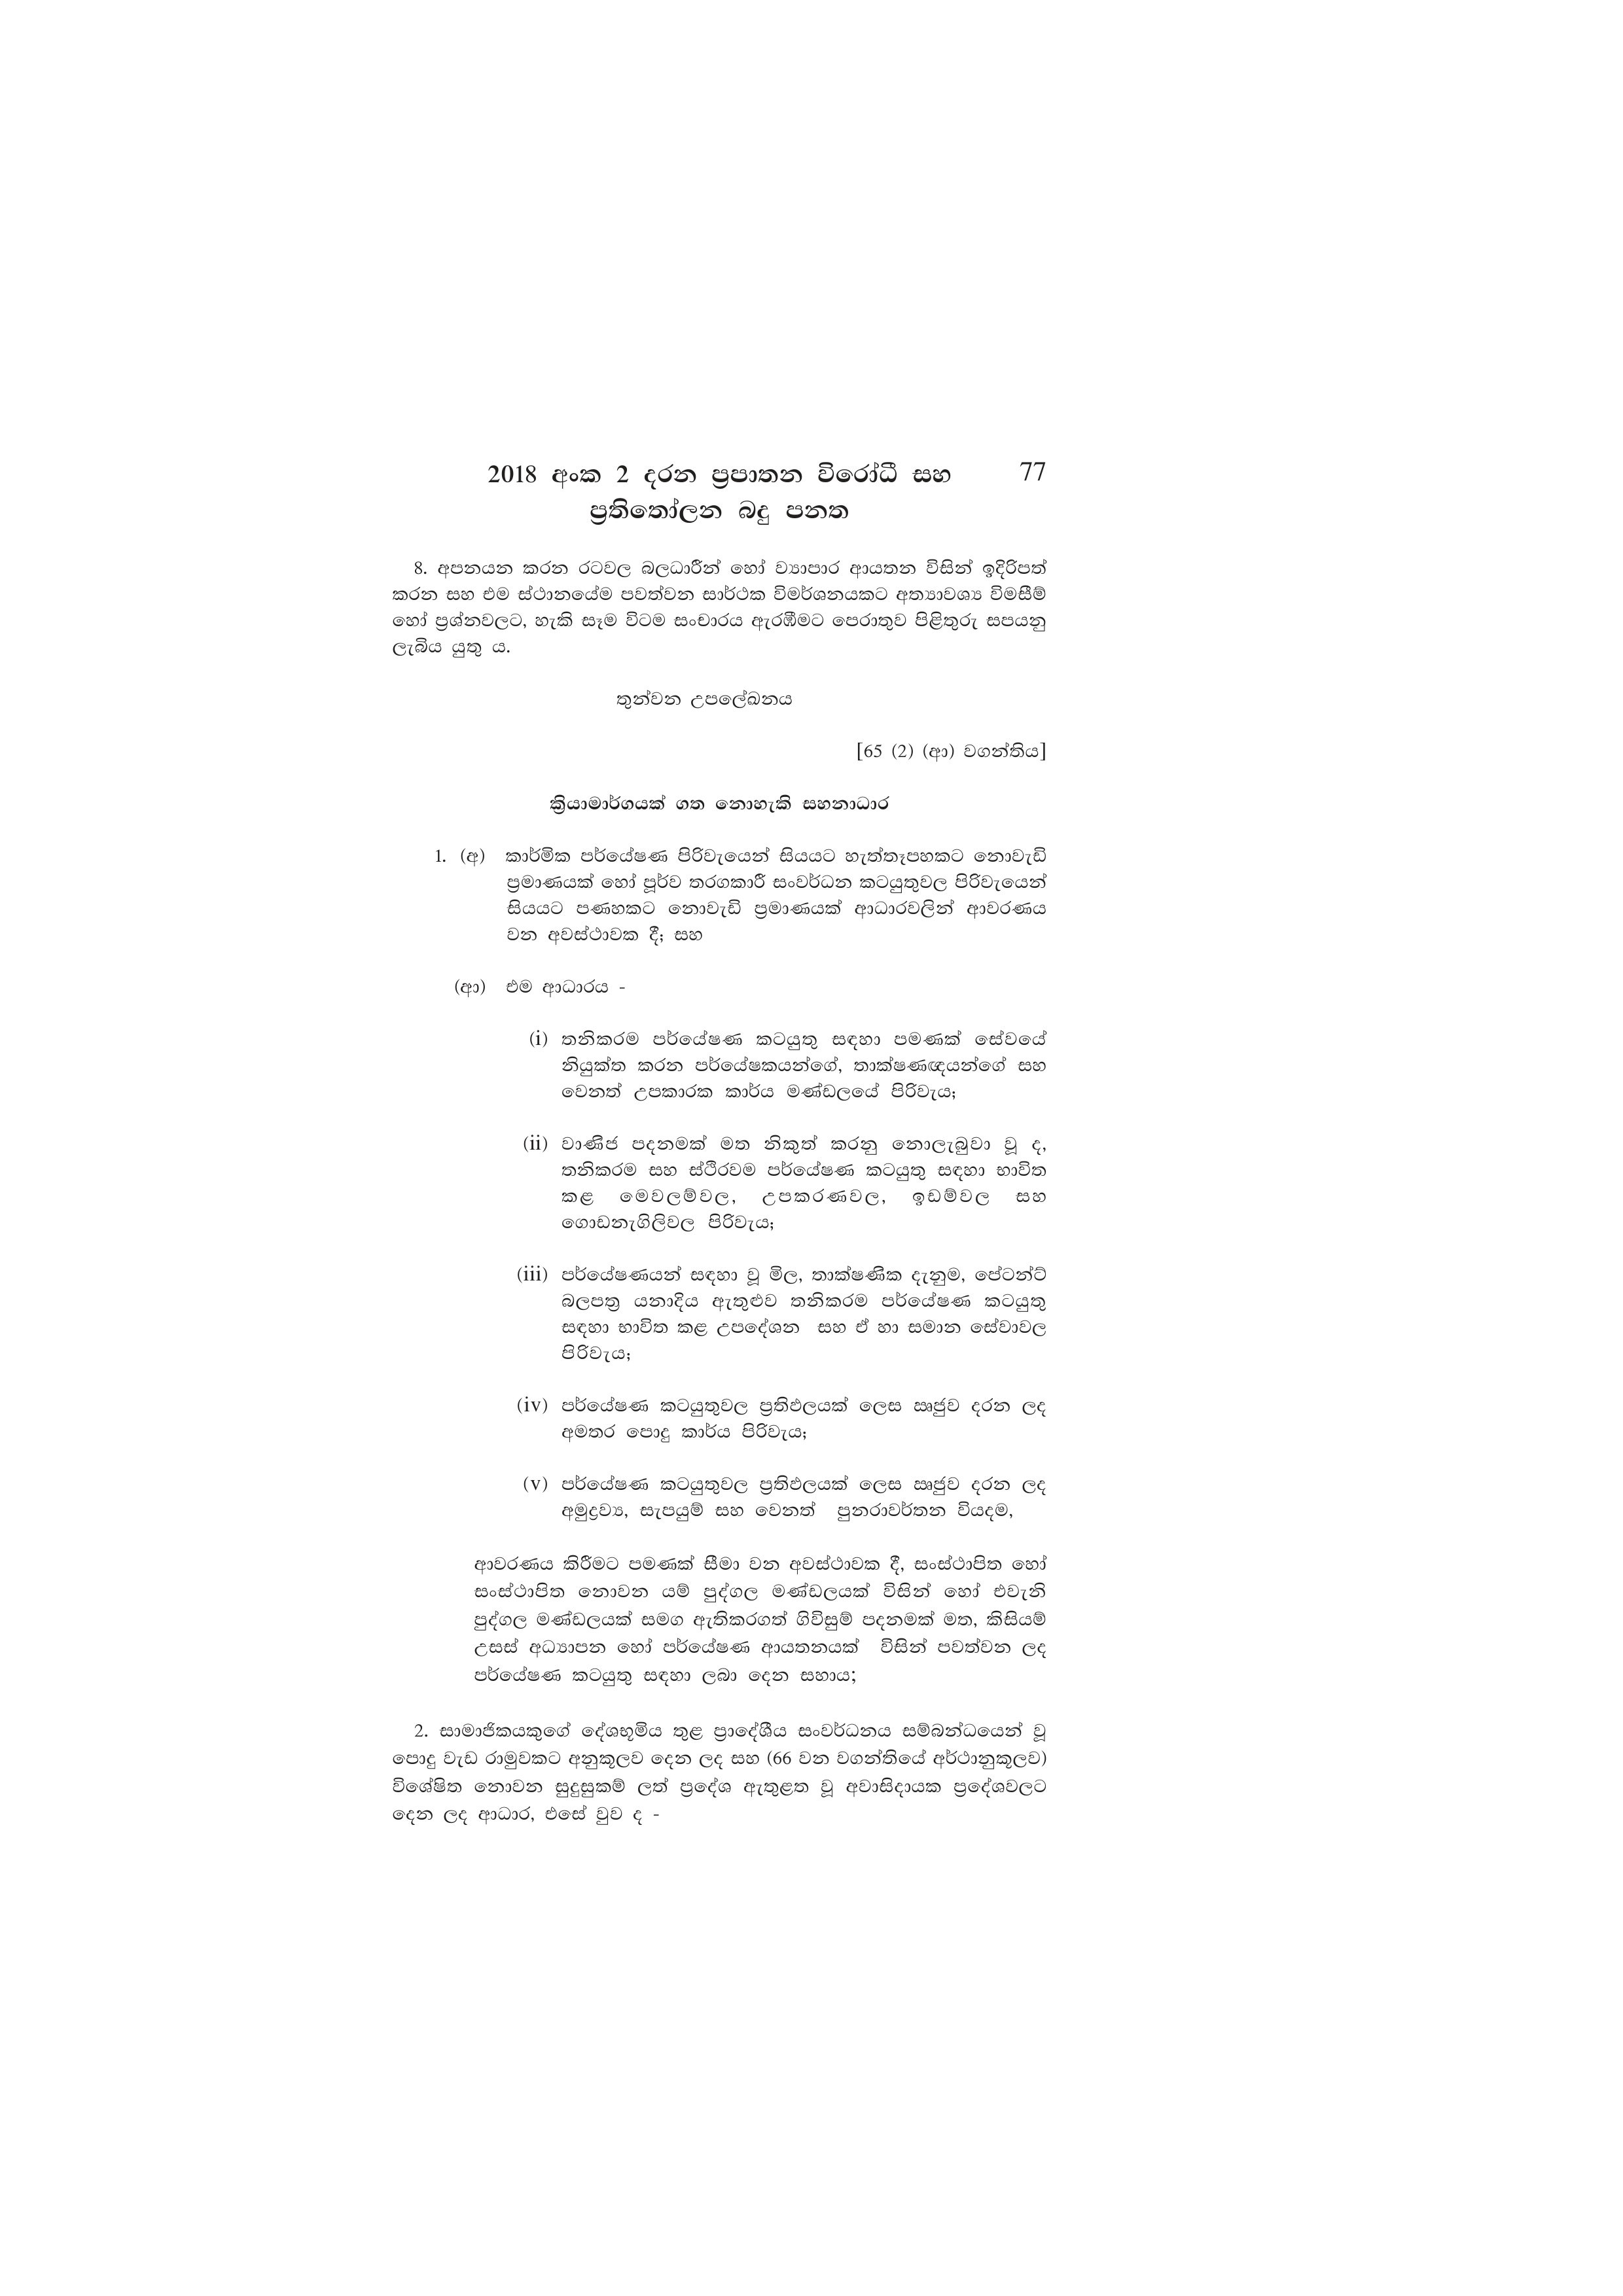
2018 අංක 2 දරන ප්‍රපාතන විරෝධී සහ 77
ප්‍රතිතෝලන බදු පනත

8. අපනයන කරන රටවල බලධාරීන් හෝ ව්‍යාපාර ආයතන විසින් ඉදිරිපත්
කරන සහ එම ස්ථානයේම පවත්වන සාර්ථක විමර්ශනයකට අත්‍යාවශ්‍ය විමසීම්
හෝ ප්‍රශ්නවලට, හැකි සෑම විටම සංචාරය ඇරඹීමට පෙරාතුව පිළිතුරු සපයනු
ලැබිය යුතු ය.

තුන්වන උපලේඛනය

[65 (2) (ආ) වගන්තිය]

ක්‍රියාමාර්ගයක් ගත නොහැකි සහනාධාර

1. (අ) කාර්මික පර්යේෂණ පිරිවැයෙන් සියයට හැත්තෑපහකට නොවැඩි
ප්‍රමාණයක් හෝ පූර්ව තරගකාරී සංවර්ධන කටයුතුවල පිරිවැයෙන්
සියයට පණහකට නොවැඩි ප්‍රමාණයක් ආධාරවලින් ආවරණය
වන අවස්ථාවක දී; සහ

(ආ) එම ආධාරය -

(i) තනිකරම පර්යේෂණ කටයුතු සඳහා පමණක් සේවයේ
නියුක්ත කරන පර්යේෂකයන්ගේ, තාක්ෂණඥයන්ගේ සහ
වෙනත් උපකාරක කාර්ය මණ්ඩලයේ පිරිවැය;

(ii) වාණිජ පදනමක් මත නිකුත් කරනු නොලැබුවා වූ ද,
තනිකරම සහ ස්ථිරවම පර්යේෂණ කටයුතු සඳහා භාවිත
කළ මෙවලම්වල, උපකරණවල, ඉඩම්වල සහ
ගොඩනැගිලිවල පිරිවැය;

(iii) පර්යේෂණයන් සඳහා වූ මිල, තාක්ෂණික දැනුම, පේටන්ට්
බලපත්‍ර යනාදිය ඇතුළුව තනිකරම පර්යේෂණ කටයුතු
සඳහා භාවිත කළ උපදේශන සහ ඒ හා සමාන සේවාවල
පිරිවැය;

(iv) පර්යේෂණ කටයුතුවල ප්‍රතිඵලයක් ලෙස ඍජුව දරන ලද
අමතර පොදු කාර්ය පිරිවැය;

(v) පර්යේෂණ කටයුතුවල ප්‍රතිඵලයක් ලෙස ඍජුව දරන ලද
අමුද්‍රව්‍ය, සැපයුම් සහ වෙනත් පුනරාවර්තන වියදම,

ආවරණය කිරීමට පමණක් සීමා වන අවස්ථාවක දී, සංස්ථාපිත හෝ
සංස්ථාපිත නොවන යම් පුද්ගල මණ්ඩලයක් විසින් හෝ එවැනි
පුද්ගල මණ්ඩලයක් සමග ඇතිකරගත් ගිවිසුම් පදනමක් මත, කිසියම්
උසස් අධ්‍යාපන හෝ පර්යේෂණ ආයතනයක් විසින් පවත්වන ලද
පර්යේෂණ කටයුතු සඳහා ලබා දෙන සහාය;

2. සාමාජිකයකුගේ දේශභූමිය තුළ ප්‍රාදේශීය සංවර්ධනය සම්බන්ධයෙන් වූ
පොදු වැඩ රාමුවකට අනුකූලව දෙන ලද සහ (66 වන වගන්තියේ අර්ථානුකූලව)
විශේෂිත නොවන සුදුසුකම් ලත් ප්‍රදේශ ඇතුළත වූ අවාසිදායක ප්‍රදේශවලට
දෙන ලද ආධාර, එසේ වුව ද -